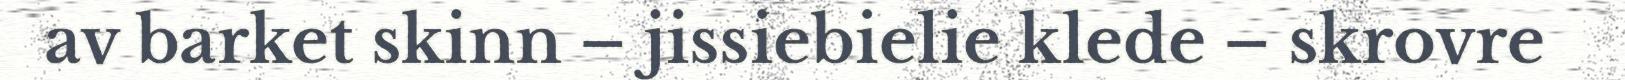
av barket skinn – jissiebielie klede – skrovre